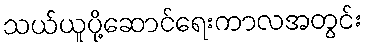
သယ်ယူပို့ဆောင်ရေးကာလအတွင်း